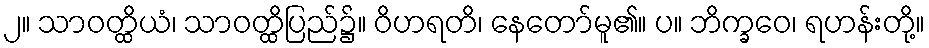
၂။ သာဝတ္ထိယံ၊ သာဝတ္ထိပြည်၌။ ဝိဟရတိ၊ နေတော်မူ၏။ ပ။ ဘိက္ခဝေ၊ ရဟန်းတို့။